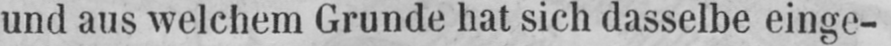
und aus welchem Grunde hat sich dasselbe einge-